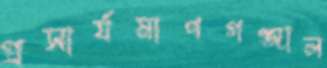
প্রসার্যমাণগঞ্জাল